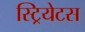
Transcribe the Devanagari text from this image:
स्ट्रियेटस